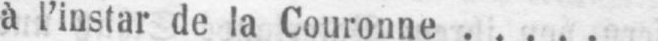
à l’instar de la Couronne .....